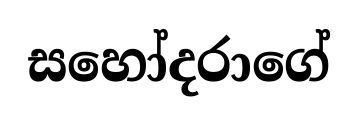
සහෝදරාගේ